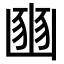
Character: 𡺳